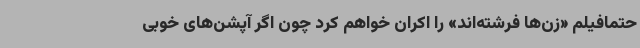
حتمافیلم «زن‌ها فرشته‌اند» را اکران خواهم کرد چون اگر آپشن‌های خوبی